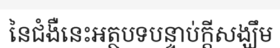
នៃជំងឺនេះអត្ថបទបន្ទាប់ក្តីសង្ឃឹម